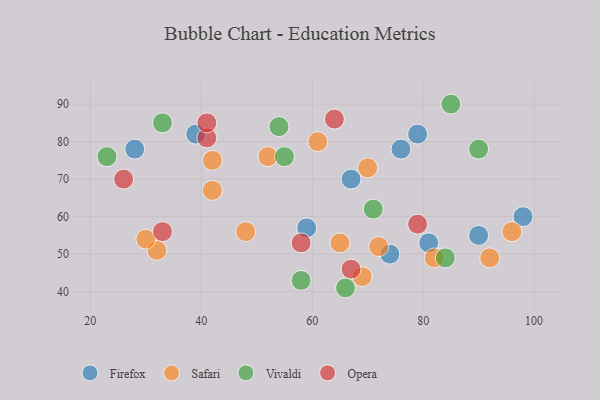
{"axis": {"x": "GDP", "y": "Life Expectancy"}, "legend": ["Firefox", "Opera", "Safari", "Vivaldi"], "data": [{"x": "98", "y": 60, "type": "Firefox"}, {"x": "28", "y": 78, "type": "Firefox"}, {"x": "39", "y": 82, "type": "Firefox"}, {"x": "67", "y": 70, "type": "Firefox"}, {"x": "76", "y": 78, "type": "Firefox"}, {"x": "81", "y": 53, "type": "Firefox"}, {"x": "59", "y": 57, "type": "Firefox"}, {"x": "79", "y": 82, "type": "Firefox"}, {"x": "74", "y": 50, "type": "Firefox"}, {"x": "90", "y": 55, "type": "Firefox"}, {"x": "42", "y": 75, "type": "Safari"}, {"x": "48", "y": 56, "type": "Safari"}, {"x": "52", "y": 76, "type": "Safari"}, {"x": "32", "y": 51, "type": "Safari"}, {"x": "69", "y": 44, "type": "Safari"}, {"x": "72", "y": 52, "type": "Safari"}, {"x": "70", "y": 73, "type": "Safari"}, {"x": "42", "y": 67, "type": "Safari"}, {"x": "30", "y": 54, "type": "Safari"}, {"x": "96", "y": 56, "type": "Safari"}, {"x": "92", "y": 49, "type": "Safari"}, {"x": "61", "y": 80, "type": "Safari"}, {"x": "82", "y": 49, "type": "Safari"}, {"x": "65", "y": 53, "type": "Safari"}, {"x": "55", "y": 76, "type": "Vivaldi"}, {"x": "66", "y": 41, "type": "Vivaldi"}, {"x": "33", "y": 85, "type": "Vivaldi"}, {"x": "23", "y": 76, "type": "Vivaldi"}, {"x": "71", "y": 62, "type": "Vivaldi"}, {"x": "58", "y": 43, "type": "Vivaldi"}, {"x": "85", "y": 90, "type": "Vivaldi"}, {"x": "90", "y": 78, "type": "Vivaldi"}, {"x": "54", "y": 84, "type": "Vivaldi"}, {"x": "84", "y": 49, "type": "Vivaldi"}, {"x": "26", "y": 70, "type": "Opera"}, {"x": "41", "y": 81, "type": "Opera"}, {"x": "33", "y": 56, "type": "Opera"}, {"x": "41", "y": 85, "type": "Opera"}, {"x": "67", "y": 46, "type": "Opera"}, {"x": "64", "y": 86, "type": "Opera"}, {"x": "58", "y": 53, "type": "Opera"}, {"x": "79", "y": 58, "type": "Opera"}]}